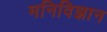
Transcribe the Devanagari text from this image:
मनिविज्ञान